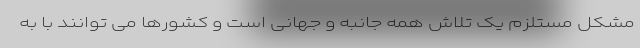
مشکل مستلزم یک تلاش همه جانبه و جهانی است و کشورها می توانند با به